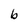
Character: b